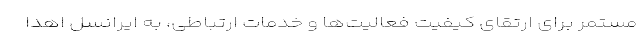
مستمر برای ارتقای کیفیت فعالیت‌ها و خدمات ارتباطی، به ایرانسل اهدا